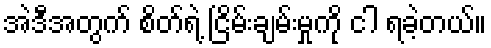
အဲဒီအတွက် စိတ်ရဲ့ ငြိမ်းချမ်းမှုကို ငါ ရခဲ့တယ်။